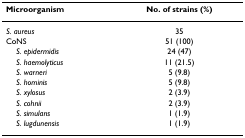
| Microorganism | No. of strains (%) |
 | --- | --- |
 | S. aureus | 35 |
 | CoNS | 51 (100) |
 | S. epidermidis | 24 (47) |
 | S. haemolyticus | 11 (21.5) |
 | S. warneri | 5 (9.8) |
 | S. hominis | 5 (9.8) |
 | S. xylosus | 2 (3.9) |
 | S. cohnii | 2 (3.9) |
 | S. simulans | 1 (1.9) |
 | S. lugdunensis | 1 (1.9) |